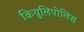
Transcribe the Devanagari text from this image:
कियुलिपोलिस